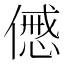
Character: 𠎰